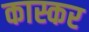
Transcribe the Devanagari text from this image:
कास्कर